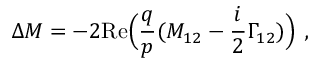
\Delta M = - 2 \mathrm { R e } \Big ( \frac { q } { p } ( M _ { 1 2 } - \frac { i } { 2 } \Gamma _ { 1 2 } ) \Big ) ~ ,